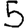
Digit: 5